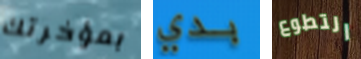
بمؤخرتك بدي التطوع